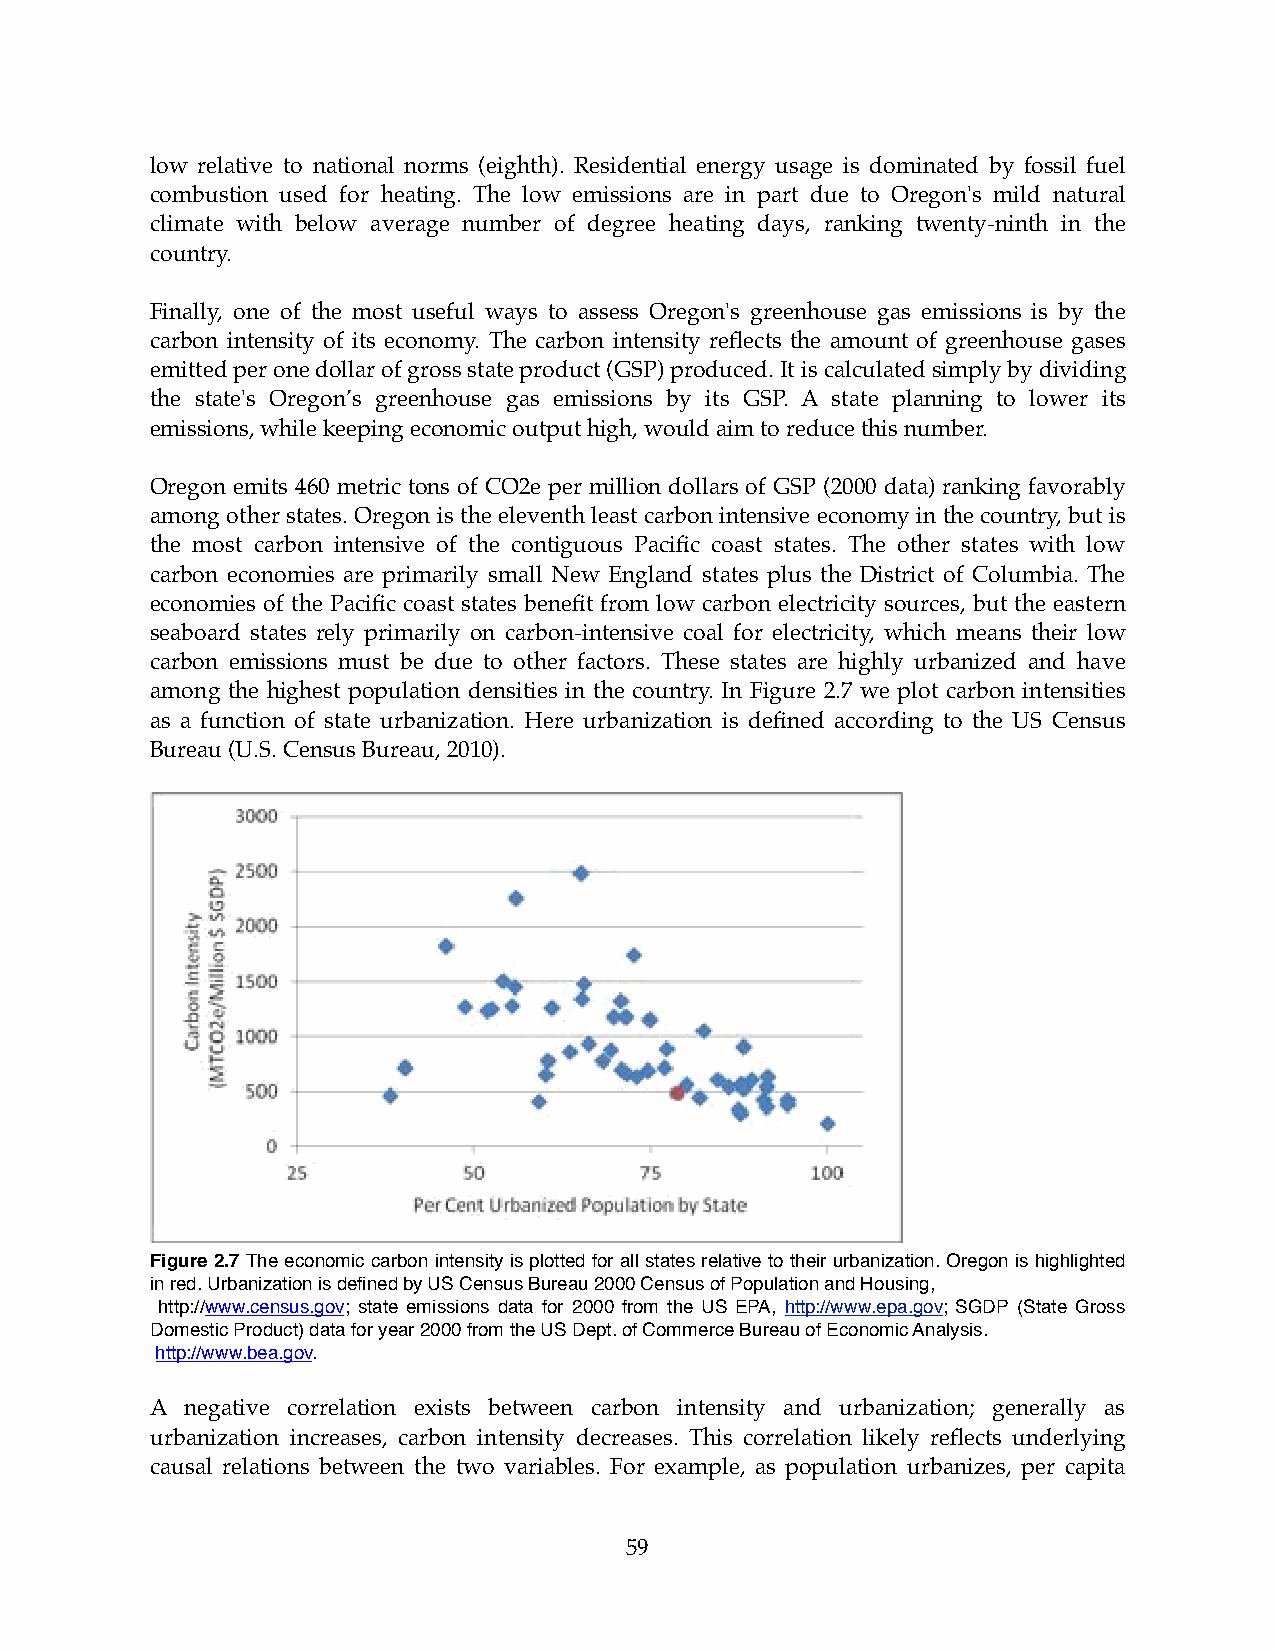
low relative to national norms (eighth). Residential energy usage is dominated by fossil fuel
 combustion used for heating. The low emissions are in part due to Oregon's mild natural
 climate with below average number of degree heating days, ranking twenty-ninth in the
 country.
 Finally, one of the most useful ways to assess Oregon's greenhouse gas emissions is by the
 carbon intensity of its economy. The carbon intensity reflects the amount of greenhouse gases
 emitted per one dollar of gross state product (GSP) produced. It is calculated simply by dividing
 the state's Oregon’s greenhouse gas emissions by its GSP. A state planning to lower its
 emissions, while keeping economic output high, would aim to reduce this number.
 Oregon emits 460 metric tons of CO2e per million dollars of GSP (2000 data) ranking favorably
 among other states. Oregon is the eleventh least carbon intensive economy in the country, but is
 the most carbon intensive of the contiguous Pacific coast states. The other states with low
 carbon economies are primarily small New England states plus the District of Columbia. The
 economies of the Pacific coast states benefit from low carbon electricity sources, but the eastern
 seaboard states rely primarily on carbon-intensive coal for electricity, which means their low
 carbon emissions must be due to other factors. These states are highly urbanized and have
 among the highest population densities in the country. In Figure 2.7 we plot carbon intensities
 as a function of state urbanization. Here urbanization is defined according to the US Census
 Bureau (U.S. Census Bureau, 2010).
 Figure 2.7 The economic carbon intensity is plotted for all states relative to their urbanization. Oregon is highlighted
 in red. Urbanization is defined by US Census Bureau 2000 Census of Population and Housing,
 http://www.census.gov; state emissions data for 2000 from the US EPA, http://www.epa.gov; SGDP (State Gross
 Domestic Product) data for year 2000 from the US Dept. of Commerce Bureau of Economic Analysis.
 http://www.bea.gov.
 A negative correlation exists between carbon intensity and urbanization; generally as
 urbanization increases, carbon intensity decreases. This correlation likely reflects underlying
 causal relations between the two variables. For example, as population urbanizes, per capita
 59